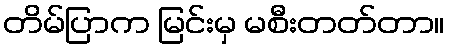
တိမ်ပြာက မြင်းမှ မစီးတတ်တာ။